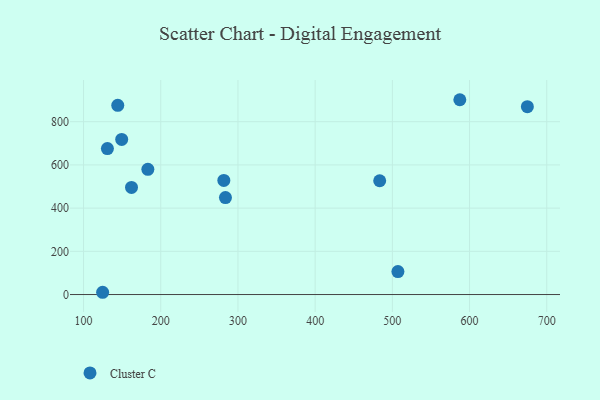
{"axis": {"x": "Experience", "y": "Profit"}, "legend": ["Cluster C"], "data": [{"x": "124.7", "y": 10.5, "type": "Cluster C"}, {"x": "281.7", "y": 528.0, "type": "Cluster C"}, {"x": "283.8", "y": 448.9, "type": "Cluster C"}, {"x": "674.9", "y": 869.4, "type": "Cluster C"}, {"x": "483.6", "y": 526.7, "type": "Cluster C"}, {"x": "507.2", "y": 106.5, "type": "Cluster C"}, {"x": "183.3", "y": 579.7, "type": "Cluster C"}, {"x": "130.9", "y": 675.5, "type": "Cluster C"}, {"x": "149.4", "y": 717.8, "type": "Cluster C"}, {"x": "144.3", "y": 875.8, "type": "Cluster C"}, {"x": "162.1", "y": 495.6, "type": "Cluster C"}, {"x": "587.4", "y": 901.7, "type": "Cluster C"}]}